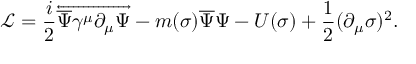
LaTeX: { \mathcal { L } } = { \frac { i } { 2 } } { \overleftrightarrow { { \overline { { \Psi } } } \gamma ^ { \mu } \partial _ { \mu } \Psi } } - m ( \sigma ) { \overline { { \Psi } } } \Psi - U ( \sigma ) + { \frac { 1 } { 2 } } ( \partial _ { \mu } \sigma ) ^ { 2 } .